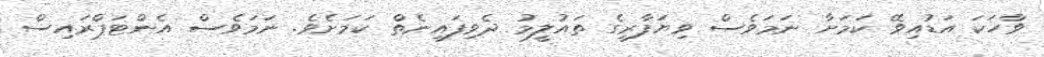
ވާހަކަ އަޑުއިވޭ ކަމަށާ ނަމަވެސް ވިޔަފާރީގެ ތައުލީމު ދެވިފައިނެތް ކަމަށެވެ. ނަމަވެސް އެންޓަޕްރައިސް